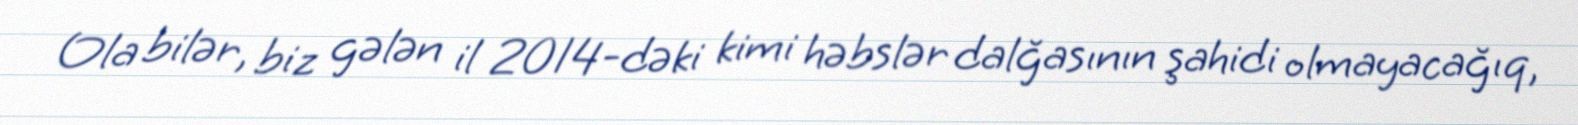
Ola bilər, biz gələn il 2014-dəki kimi həbslər dalğasının şahidi olmayacağıq,